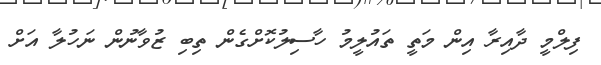
ފިލްމީ ދާއިރާ އިން މަތީ ތައުލީމު ހާސިލުކޮށްގެން ތިބި ޒުވާނުން ނަހުލާ އަށް